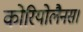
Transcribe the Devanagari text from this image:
कोरियोलैनस।